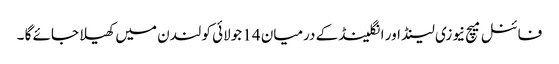
فائنل میچ نیوزی لینڈ اور انگلینڈ کے درمیان 14 جولائی کو لندن میں کھیلا جائے گا ۔